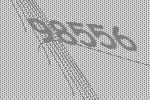
98556